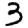
Digit: 3